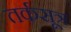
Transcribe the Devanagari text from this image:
तर्कसूत्र